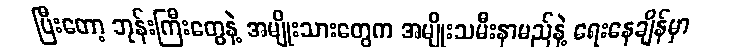
ပြီးတော့ ဘုန်းကြီးတွေနဲ့ အမျိုးသားတွေက အမျိုးသမီးနာမည်နဲ့ ရေးနေချိန်မှာ